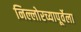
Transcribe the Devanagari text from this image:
निल्लोरच्यापूर्वेला